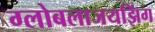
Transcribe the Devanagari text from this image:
ग्लोबलाजयझिंग